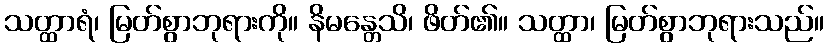
သတ္ထာရံ၊ မြတ်စွာဘုရားကို။ နိမန္တေသိ၊ ဖိတ်၏။ သတ္ထာ၊ မြတ်စွာဘုရားသည်။